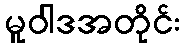
မူဝါဒအတိုင်း